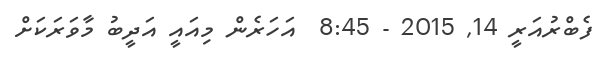
ފެބްރުއަރީ 14